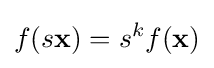
f(s\mathbf {x} )=s^{k}f(\mathbf {x} )